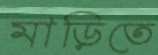
মাড়িতে